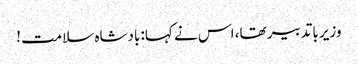
وزیر باتدبیر تھا، اس نے کہا: بادشاہ سلامت!